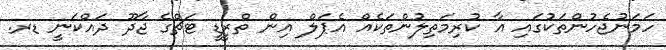
ހަމަނުޖެހުންތަކުގައި އާ ކުރިމަތިލުންތަކެއް އެޕަލް އިން ތްރީޑީ ޓަޗްގެ ޖާދޫ ދައްކަނީ ޑރ.